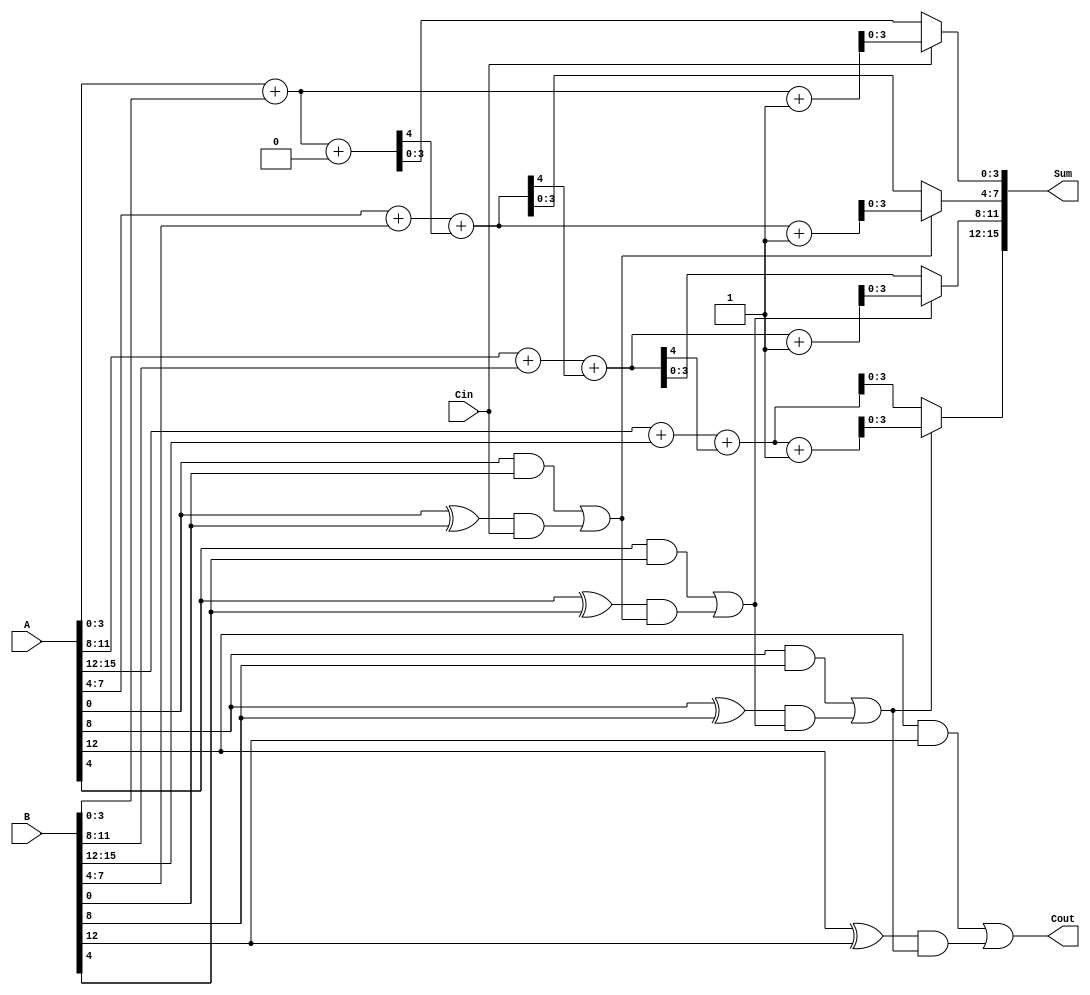
module CarrySelectAdder #(parameter N = 16, // Total bits
                          parameter M = 4)  // Group size
(
    input [N-1:0] A,      // First operand
    input [N-1:0] B,      // Second operand
    input Cin,            // Carry-in
    output [N-1:0] Sum,   // Sum output
    output Cout           // Carry-out
);

    localparam K = N / M; // Number of groups

    // Internal signals
    wire [M-1:0] sum0 [0:K-1]; // Partial sums assuming Cin = 0
    wire [M-1:0] sum1 [0:K-1]; // Partial sums assuming Cin = 1
    wire [K-1:0] carry_out;     // Carry-out for each group
    wire [K-1:0] G;             // Generate signals
    wire [K-1:0] P;             // Propagate signals
    wire [K:0] C;               // Carry signals

    // Generate and propagate signals for each group
    genvar i, j;
    generate
        for (i = 0; i < K; i = i + 1) begin : group
            // Calculate generate and propagate for the group
            assign G[i] = A[(i+1)*M-1:M*i] & B[(i+1)*M-1:M*i];
            assign P[i] = A[(i+1)*M-1:M*i] ^ B[(i+1)*M-1:M*i];

            // Ripple carry adder for partial sums
            if (i == 0) begin
                // First group
                assign {carry_out[i], sum0[i]} = A[M-1:0] + B[M-1:0] + 1'b0; // Cin = 0
                assign {carry_out[i], sum1[i]} = A[M-1:0] + B[M-1:0] + 1'b1; // Cin = 1
            end else begin
                // Subsequent groups
                assign {carry_out[i], sum0[i]} = A[(i+1)*M-1:M*i] + B[(i+1)*M-1:M*i] + carry_out[i-1];
                assign {carry_out[i], sum1[i]} = A[(i+1)*M-1:M*i] + B[(i+1)*M-1:M*i] + carry_out[i-1] + 1'b1;
            end
        end
    endgenerate

    // Carry Lookahead Logic
    assign C[0] = Cin; // Initial carry-in
    generate
        for (j = 1; j <= K; j = j + 1) begin : carry_logic
            assign C[j] = G[j-1] | (P[j-1] & C[j-1]);
        end
    endgenerate

    // Final sum selection using multiplexers
    generate
        for (i = 0; i < K; i = i + 1) begin : final_sum
            assign Sum[(i+1)*M-1:M*i] = (C[i] ? sum1[i] : sum0[i]);
        end
    endgenerate

    // Final carry-out
    assign Cout = C[K];

endmodule